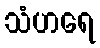
သံဟရေ